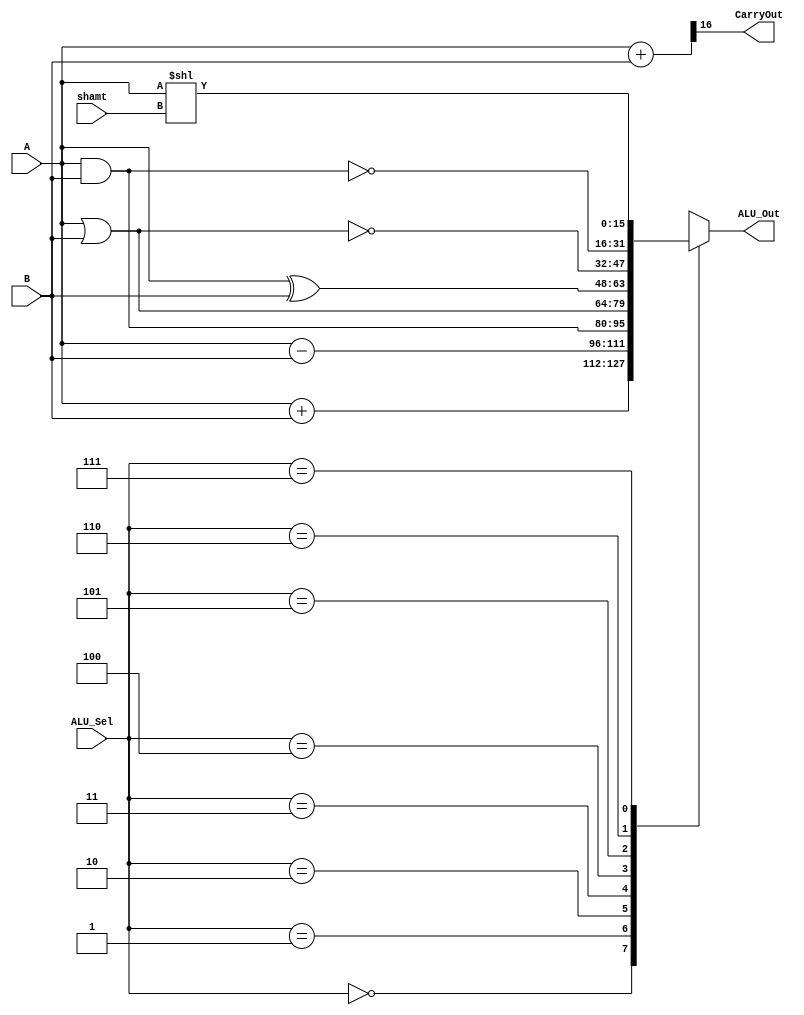
module alu(
           input [15:0] A,B,  // ALU 16-bit Inputs                 
           input [2:0] ALU_Sel,// ALU Selection
           input [3:0] shamt,
           output [15:0] ALU_Out, // ALU 16-bit Output
           output CarryOut // Carry Out Flag
    );
    reg [15:0] ALU_Result;
    wire [16:0] tmp;
    assign ALU_Out = ALU_Result; // ALU out
    assign tmp = {1'b0,A} + {1'b0,B};
    assign CarryOut = tmp[16]; // Carryout flag

    always @(*)
    begin
        case(ALU_Sel)
          3'b000: // Addition
           ALU_Result = A + B ; 
          3'b001: // Subtraction
           ALU_Result = A - B ;
          3'b010: //  Logical and 
           ALU_Result = A & B;
          3'b011: //  Logical or
           ALU_Result = A | B;
          3'b100: //  Logical xor 
           ALU_Result = A ^ B;
          3'b101: //  Logical nor
           ALU_Result = ~(A | B);
          3'b110: // Logical nand 
           ALU_Result = ~(A & B);
          3'b111: // LSL
           ALU_Result = A<<shamt;
          default: ALU_Result = A + B; 
        endcase
    end
endmodule